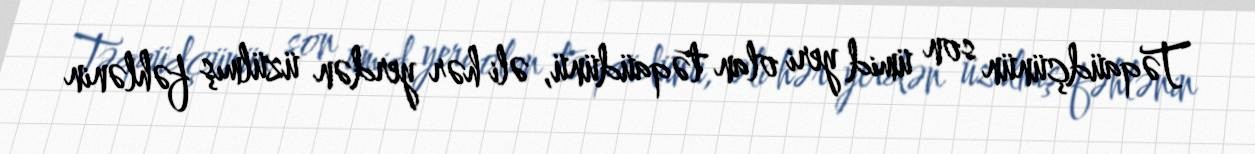
Təqaüdçünün son ümid yeri olan təqaüdünü, əli hər yerdən üzülmış fəhlənin